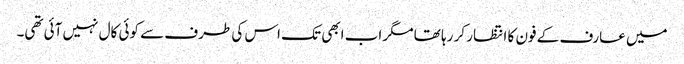
میں عارف کے فون کا انتظار کر رہا تھا مگر اب ابھی تک اس کی طرف سے کوئی کال نہیں آئی تھی۔